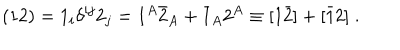
LaTeX: ( { 1 2 } ) = 1 _ { i } \delta ^ { i j } 2 _ { j } = 1 ^ { A } \bar { 2 } _ { A } + \bar { 1 } _ { A } 2 ^ { A } \equiv [ 1 \bar { 2 } ] + [ \bar { 1 } 2 ] \; .